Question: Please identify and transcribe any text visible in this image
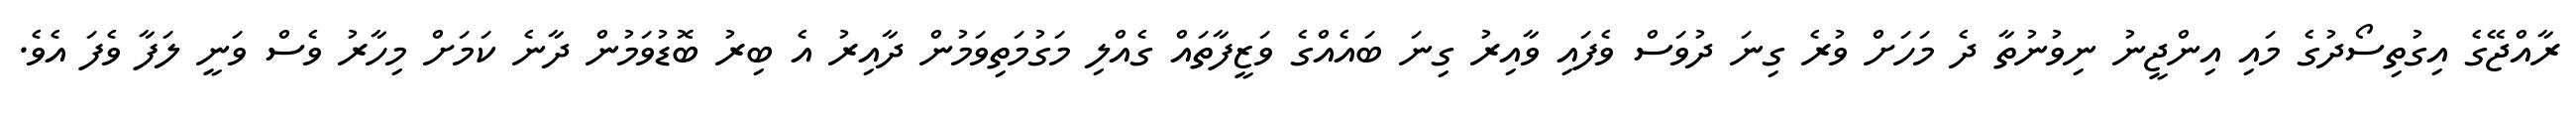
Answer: ރާއްޖޭގެ އިގުތިސޯދުގެ މައި އިންޖީނު ނިވުނުތާ ދެ މަހަށް ވުރެ ގިނަ ދުވަސް ވެފައި ވާއިރު ގިނަ ބައެއްގެ ވަޒީފާތައް ގެއްލި މަގުމަތިވަމުން ދާއިރު އެ ބިރު ބޮޑުވަމުން ދާނެ ކަމަށް މިހާރު ވެސް ވަނީ ލަފާ ވެފަ އެވެ.